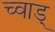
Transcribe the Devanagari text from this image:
च्वाड्